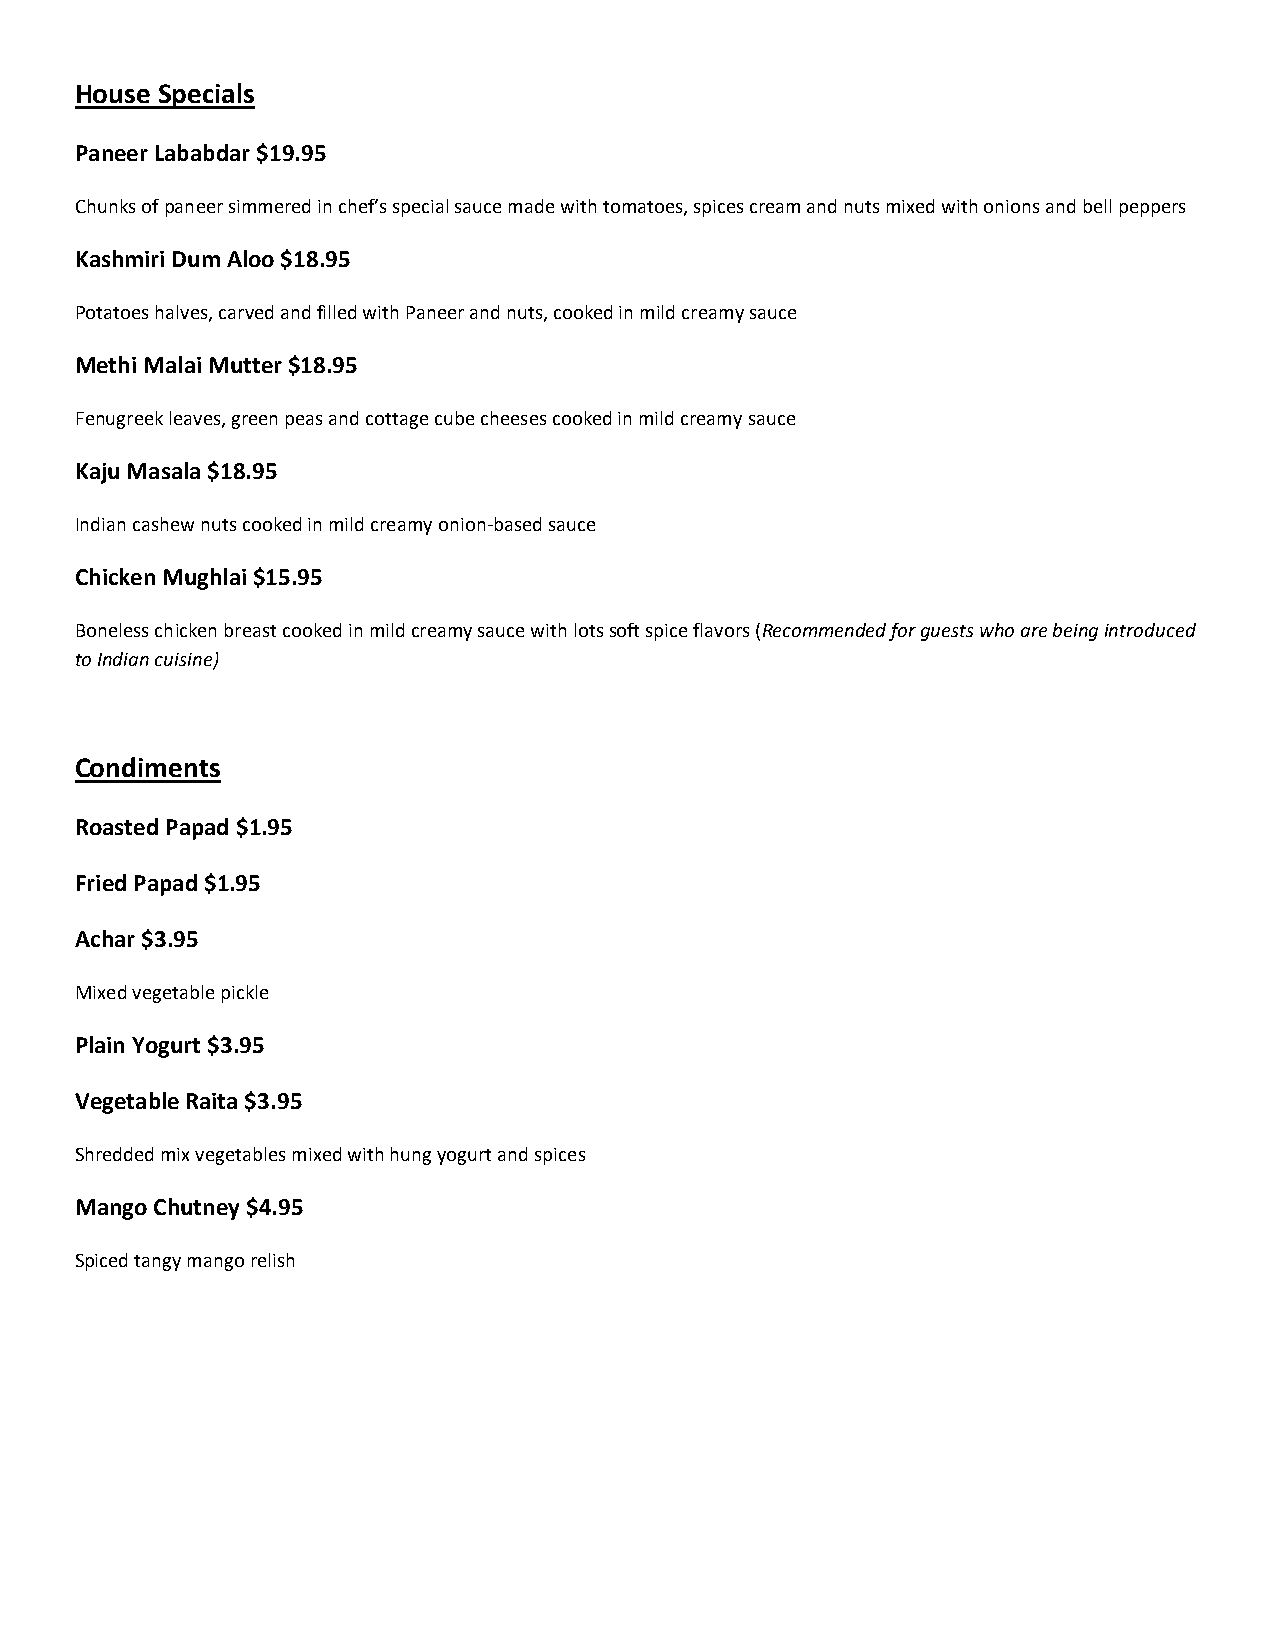
House Specials
 Paneer Lababdar $19.95
 Chunks of paneer simmered in chef’s special sauce made with tomatoes, spices cream and nuts mixed with onions and bell peppers
 Kashmiri Dum Aloo $18.95
 Potatoes halves, carved and filled with Paneer and nuts, cooked in mild creamy sauce
 Methi Malai Mutter $18.95
 Fenugreek leaves, green peas and cottage cube cheeses cooked in mild creamy sauce
 Kaju Masala $18.95
 Indian cashew nuts cooked in mild creamy onion-based sauce
 Chicken Mughlai $15.95
 Boneless chicken breast cooked in mild creamy sauce with lots soft spice flavors (Recommended for guests who are being introduced
 to Indian cuisine)
 Condiments
 Roasted Papad $1.95
 Fried Papad $1.95
 Achar $3.95
 Mixed vegetable pickle
 Plain Yogurt $3.95
 Vegetable Raita $3.95
 Shredded mix vegetables mixed with hung yogurt and spices
 Mango Chutney $4.95
 Spiced tangy mango relish